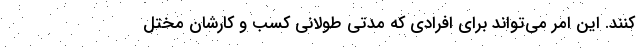
کنند. این امر می‌تواند برای افرادی که مدتی طولانی کسب و کارشان مختل